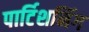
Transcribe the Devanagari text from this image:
पार्टिशनिंग